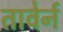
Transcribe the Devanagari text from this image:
तावेर्न